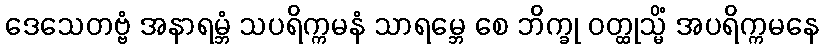
ဒေသေတဗ္ဗံ အနာရမ္ဘံ သပရိက္ကမနံ သာရမ္ဘေ စေ ဘိက္ခု ဝတ္ထုသ္မိံ အပရိက္ကမနေ